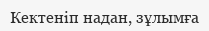
Кектеніп надан, зұлымға